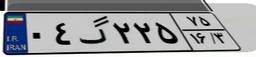
۰۴گ۲۲۵۷۵